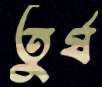
তুর্ষ